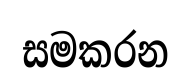
සමකරන